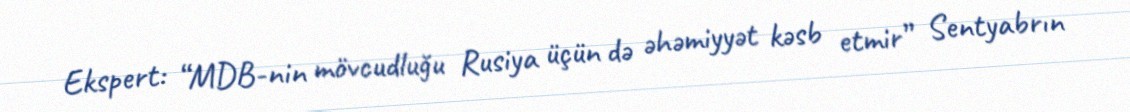
Ekspert: “MDB-nin mövcudluğu Rusiya üçün də əhəmiyyət kəsb etmir” Sentyabrın